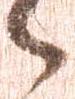
候